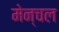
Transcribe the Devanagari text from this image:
मेन्चल